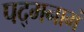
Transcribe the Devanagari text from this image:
पद्‌मनाभं